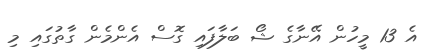
އެ 13 މީހުން އޭނާގެ ޝޯ ބަލާފައި ގޮސް އެންމެން ގާތުގައި މި